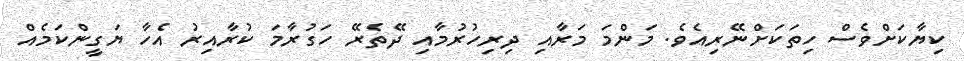
ކިޔާކަށްވެސް ހިތަކަށްނޭރިއެވެ. މަންމަ މަރާއި ދިރިހުރުމާއި ދޭތެރޭ ހަގުރާމަ ކުރާއިރު އެހާ ޔަގީންކަމެއް